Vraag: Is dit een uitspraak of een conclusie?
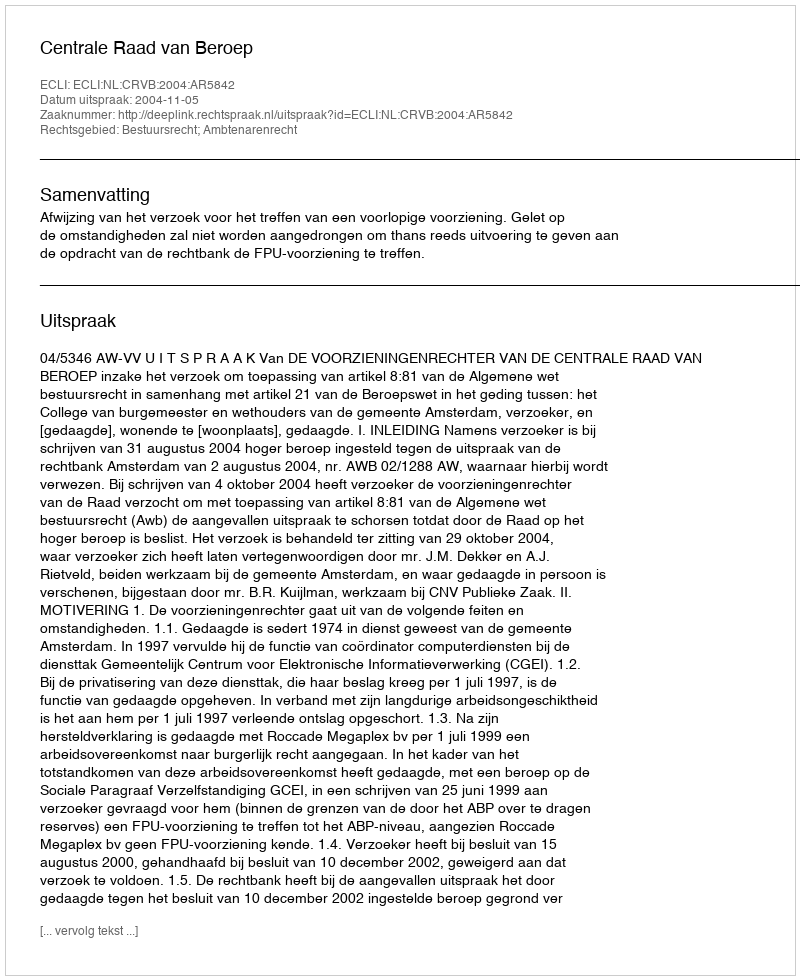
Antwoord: Uitspraak